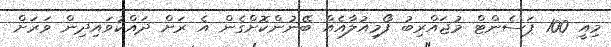
މިއީ 100 ޕަސެންޓް މުޖައްރިބު ފޯމިއުލާއެއް ބޭނުންކޮށްގެން އެ ރަށް ދައްކުވައިދިން ވަރަށް